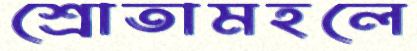
শ্রোতামহলে